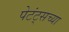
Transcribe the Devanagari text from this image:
पेटंट्सच्या